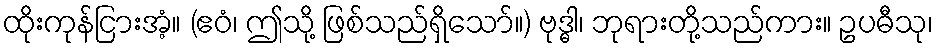
ထိုးကုန်ငြားအံ့။ (ဧဝံ၊ ဤသို့ ဖြစ်သည်ရှိသော်။) ဗုဒ္ဓါ၊ ဘုရားတို့သည်ကား။ ဥပဓီသု၊